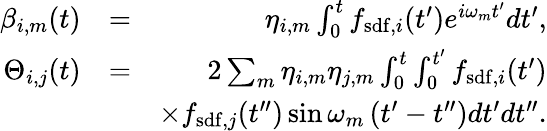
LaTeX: \begin{array}{rlr}{\beta_{i,m}(t)}&{=}&{\eta_{i,m}\int_{0}^{t}f_{\mathrm{sdf},i}(t^{\prime})e^{i\omega_{m}t^{\prime}}dt^{\prime},}\\ {\Theta_{i,j}(t)}&{=}&{2\sum_{m}\eta_{i,m}\eta_{j,m}\int_{0}^{t}\int_{0}^{t^{\prime}}f_{\mathrm{sdf},i}(t^{\prime})}\\ &{}&{\times f_{\mathrm{sdf},j}(t^{\prime\prime})\sin\omega_{m}\left(t^{\prime}-t^{\prime\prime}\right)dt^{\prime}dt^{\prime\prime}.}\end{array}